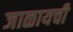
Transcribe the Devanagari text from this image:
जाळायची